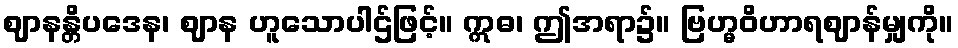
ဈာနန္တိပဒေန၊ ဈာန ဟူသောပါဌ်ဖြင့်။ ဣဓ၊ ဤအရာ၌။ ဗြဟ္မဝိဟာရဈာန်မျှကို။